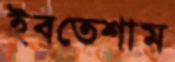
ইবতেশাম